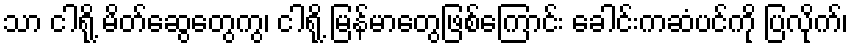
သာ ငါရို့ မိတ်ဆွေတွေကွ၊ ငါရို့ မြန်မာတွေဖြစ်ကြောင်း ခေါင်းကဆံပင်ကို ပြလိုက်၊